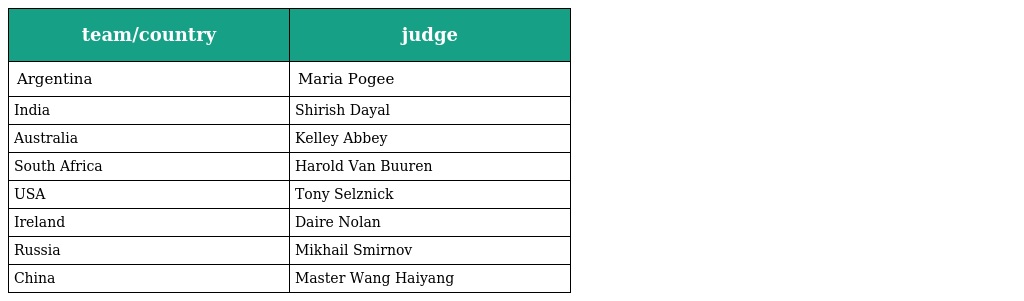
| team/country | judge |
 | --- | --- |
 | Argentina | Maria Pogee |
 | India | Shirish Dayal |
 | Australia | Kelley Abbey |
 | South Africa | Harold Van Buuren |
 | USA | Tony Selznick |
 | Ireland | Daire Nolan |
 | Russia | Mikhail Smirnov |
 | China | Master Wang Haiyang |